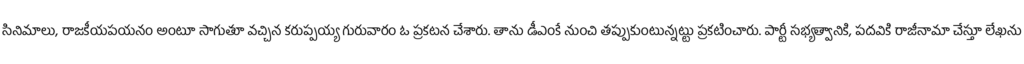
సినిమాలు, రాజకీయపయనం అంటూ సాగుతూ వచ్చిన కరుప్పయ్య గురువారం ఓ ప్రకటన చేశారు. తాను డీఎంకే నుంచి తప్పుకుంటున్నట్టు ప్రకటించారు. పార్టీ సభ్యత్వానికి, పదవికి రాజీనామా చేస్తూ లేఖను